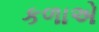
કળાએ